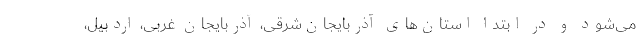
می‌شود و در ابتدا استان‌های آذربایجان‌شرقی، آذربایجان غربی، اردبیل،